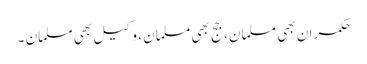
حکمران بھی مسلمان ، جج بھی مسلمان ، وکیل بھی مسلمان ۔